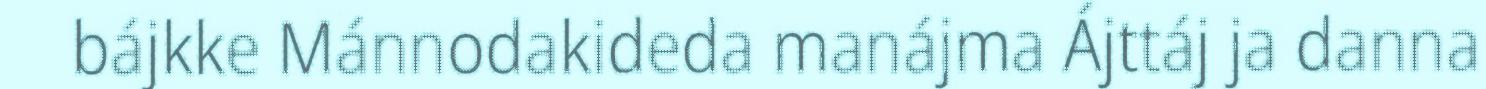
bájkke Mánnodakideda manájma Ájttáj ja danna